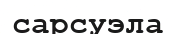
сарсуэла